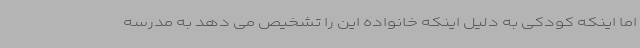
اما اینکه کودکی به دلیل اینکه خانواده این را تشخیص می دهد به مدرسه